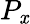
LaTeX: P_{\mathit{x}}